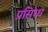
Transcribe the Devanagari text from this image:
प्रसिध्‍ध